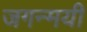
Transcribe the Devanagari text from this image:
जगन्मयी